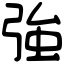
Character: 強